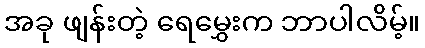
အခု ဖျန်းတဲ့ ရေမွှေးက ဘာပါလိမ့်။